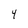
Character: 4